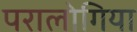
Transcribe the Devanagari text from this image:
परालोगिया